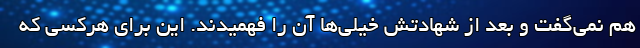
هم نمی‌گفت و بعد از شهادتش خیلی‌ها آن را فهمیدند. این برای هرکسی که